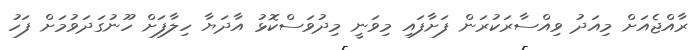
ރާއްޖެއަށް މިއަދު ވިއްސާރަކުރަން ފަށާފައި މިވަނީ މިދުވަސްކޮޅު އާދަޔާ ހިލާފަށް ހޫނުގަދަވުމަށް ފަހު